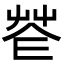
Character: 𦭫